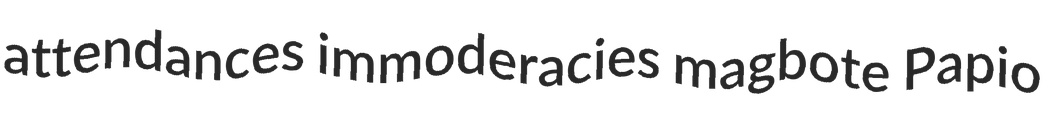
attendances immoderacies magbote Papio